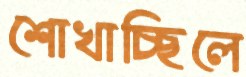
শোখাচ্ছিলে